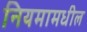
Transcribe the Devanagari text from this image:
नियमामधील